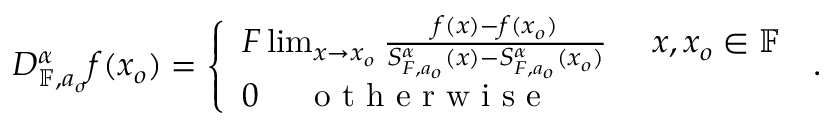
D _ { \mathbb { F } , a _ { o } } ^ { \alpha } f ( x _ { o } ) = \left\{ \begin{array} { l l } { F \operatorname* { l i m } _ { x \rightarrow x _ { o } } \frac { f ( x ) - f ( x _ { o } ) } { S _ { F , a _ { o } } ^ { \alpha } ( x ) - S _ { F , a _ { o } } ^ { \alpha } ( x _ { o } ) } ~ ~ ~ ~ x , x _ { o } \in \mathbb { F } } \\ { 0 ~ ~ ~ ~ \textrm { o t h e r w i s e } } \end{array} \right. \, .